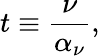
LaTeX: t\equiv{\frac{\nu}{\alpha_{\nu}}},